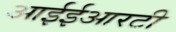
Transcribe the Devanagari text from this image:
आईईआरटी